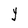
Character: Y